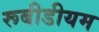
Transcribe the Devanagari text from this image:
रूबीडीयम